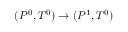
( P ^ { 0 } , T ^ { 0 } ) \rightarrow ( P ^ { 1 } , T ^ { 0 } )